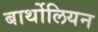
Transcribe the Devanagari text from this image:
बार्थोलियन